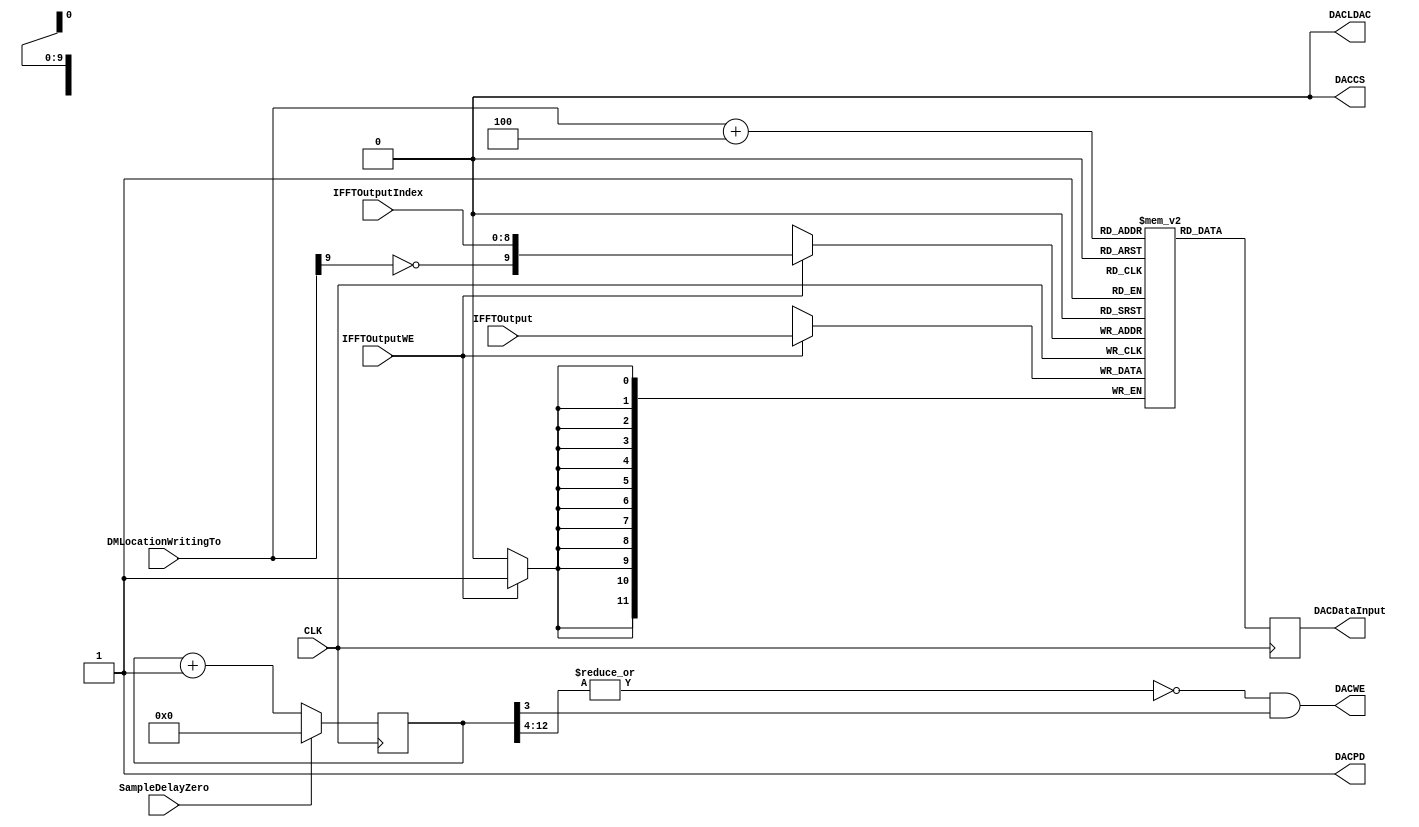
`timescale 1ns / 1ps
//////////////////////////////////////////////////////////////////////////////////
// Design Name:    EMU Device
// Module Name:    DM_TLV5619_DAC_Interface
//////////////////////////////////////////////////////////////////////////////////


module DM_TLV5619_DAC_Interface_Module(
DACDataInput,
DACCS,
CLK,
SampleDelayZero,
DACLDAC,
DACPD,
DACWE,
IFFTOutput,
DMLocationWritingTo,
IFFTOutputWE,
IFFTOutputIndex
);
	 
	 
input          CLK, SampleDelayZero, IFFTOutputWE;
input [9:0]    DMLocationWritingTo;
input [11:0]   IFFTOutput;
input [8:0]    IFFTOutputIndex;

output         DACCS, DACLDAC, DACPD, DACWE;
output [11:0]  DACDataInput;

reg [11:0]     DACDataInput;   
reg [14:0]     DACDelayCount;    //Could be 12:0, but 2 bits added to avoid off-by one errors

wire           SampleDelayZero, DACCS, IFFTOutputWE;
wire [11:0]    IFFTOutput;
wire [8:0]     IFFTOutputIndex;


   (* RAM_STYLE="{auto | block |  block_power1 | block_power2}" *)
reg [11:0]      StoredDACValues [0:1023];


assign DACCS     = 0;

assign DACLDAC   = 0;

assign DACPD     = 1;

assign DACWE     = (~| DACDelayCount[12:4]) && ( DACDelayCount[3]);



assign DACMemWE = IFFTOutputWE;   //###############################      IFFT based     ##############################//



always @(posedge CLK)
begin
  if (DACMemWE)
  begin
    StoredDACValues [ {!DMLocationWritingTo[9], IFFTOutputIndex} ] <= IFFTOutput[11:0];   //IFFT Index, really     
  end
  
  DACDataInput[11:0] <= StoredDACValues[DMLocationWritingTo + 4];
end


always @(posedge CLK)
begin
  if ( SampleDelayZero ) // Counts from 0 to 8191 (1111111111111)
  begin
    DACDelayCount <= 0;
  end
  
  else
  begin
    DACDelayCount <= DACDelayCount + 1; 
  end
  
end  



endmodule